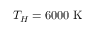
T _ { H } = 6 0 0 0 \ \mathrm { K }